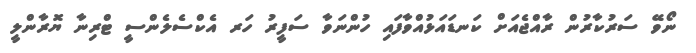
ނޯވޭ ސަރުކާރުން ރާއްޖެއަށް ކަނޑައަޅުއްވާފައި ހުންނަވާ ސަފީރު ހަރ އެކްސެލެންސީ ޓްރިނާ ޔޮރާންލީ